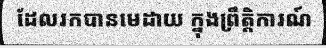
ដែលរកបានមេដាយ ក្នុងព្រឹត្តិការណ៍